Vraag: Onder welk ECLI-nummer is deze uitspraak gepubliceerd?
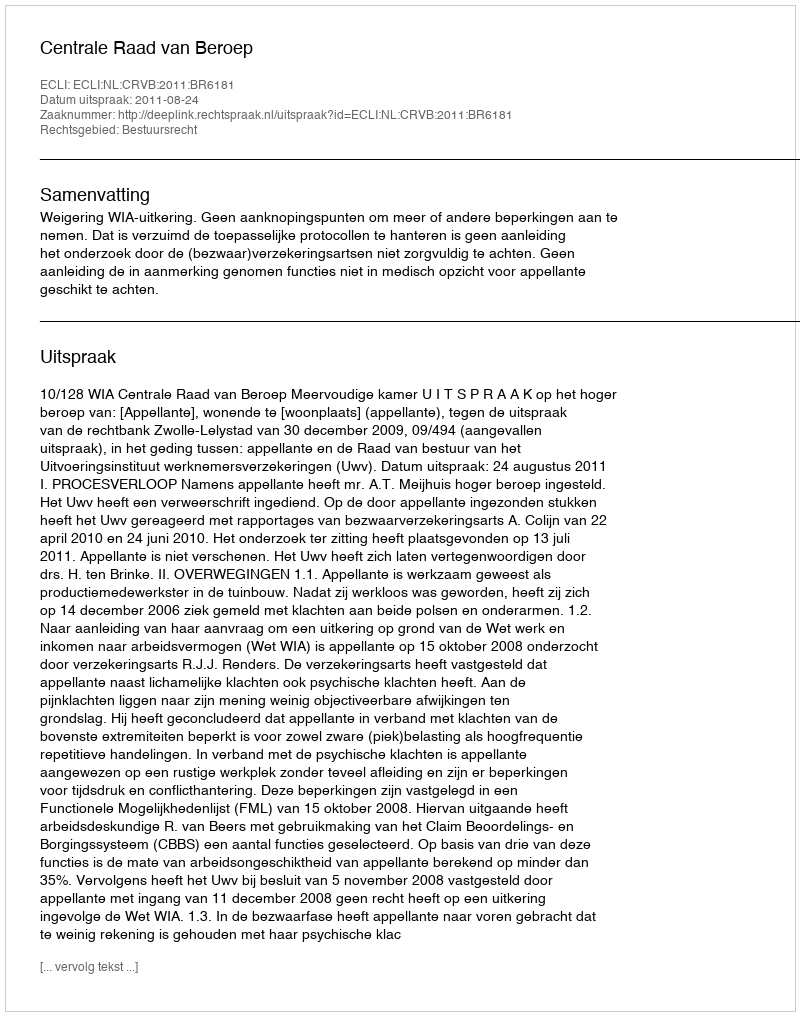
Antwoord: ECLI:NL:CRVB:2011:BR6181